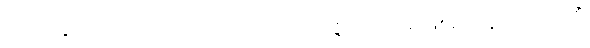
သုဂတိညေဝ၊ သုဂတိဘုံသို့သာလျှင်။ ဥပပဇ္ဇတိ၊ ကပ်၍ဖြစ်ရသနည်း။ ဒုဂ္ဂတိံ၊